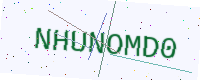
Text: NHUNOMD0